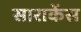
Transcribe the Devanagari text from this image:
साराकेंस